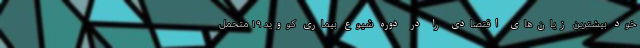
خود بیشترین زیان‌های اقتصادی را در دوره شیوع بیماری کووید ۱۹ متحمل